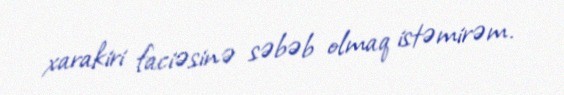
xarakiri faciəsinə səbəb olmaq istəmirəm.